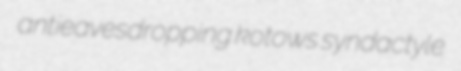
antieavesdropping kotows syndactyle